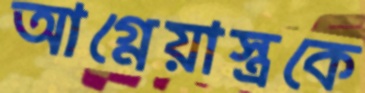
আগ্নেয়াস্ত্রকে